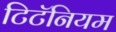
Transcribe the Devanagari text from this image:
टिटॅनियम